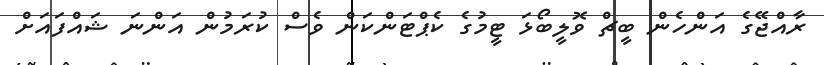
ރާއްޖޭގެ އަންހެން ބީޗް ވޮލީބޯޅަ ޓީމުގެ ކެޕްޓަންކަން ވެސް ކުރަމުން އަންނަ ޝައްފައަށް